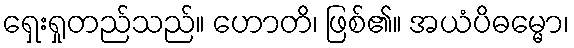
ရှေးရှုတည်သည်။ ဟောတိ၊ ဖြစ်၏။ အယံပိဓမ္မော၊